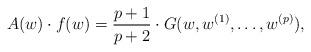
LaTeX: \begin{align*}A(w)\cdot f(w)= \frac{p+1}{p+2}\cdot G(w,w^{(1)},\dots,w^{(p)}),\end{align*}